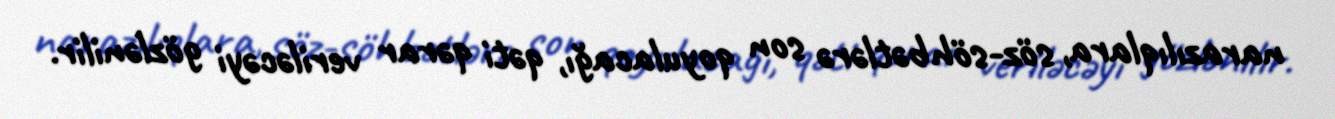
narazılıqlara, söz-söhbətlərə son qoyulacağı, qəti qərar veriləcəyi gözlənilir.